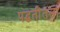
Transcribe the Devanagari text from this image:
पद्धतींतला